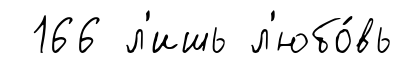
166 л'ишь л'юбо́вь